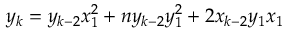
y _ { k } = y _ { k - 2 } x _ { 1 } ^ { 2 } + n y _ { k - 2 } y _ { 1 } ^ { 2 } + 2 x _ { k - 2 } y _ { 1 } x _ { 1 }